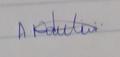
Signature authenticity: genuine